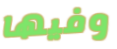
وفيها